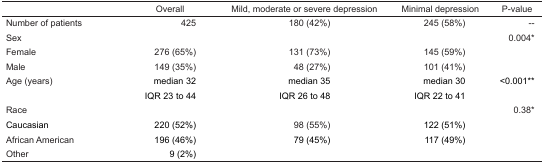
<table><thead><tr><td></td><td><b>Overall</b></td><td><b>Mild, moderate or severe depression</b></td><td><b>Minimal depression</b></td><td><b>P-value</b></td></tr></thead><tbody><tr><td>Number of patients</td><td>425</td><td>180 (42%)</td><td>245 (58%)</td><td>--</td></tr><tr><td>Sex</td><td></td><td></td><td></td><td>0.004*</td></tr><tr><td>Female</td><td>276 (65%)</td><td>131 (73%)</td><td>145 (59%)</td><td></td></tr><tr><td>Male</td><td>149 (35%)</td><td>48 (27%)</td><td>101 (41%)</td><td></td></tr><tr><td>Age (years)</td><td>median 32IQR 23 to 44</td><td>median 35IQR 26 to 48</td><td>median 30IQR 22 to 41</td><td>&lt;0.001**</td></tr><tr><td>Race</td><td></td><td></td><td></td><td>0.38*</td></tr><tr><td>Caucasian</td><td>220 (52%)</td><td>98 (55%)</td><td>122 (51%)</td><td></td></tr><tr><td>African American</td><td>196 (46%)</td><td>79 (45%)</td><td>117 (49%)</td><td></td></tr><tr><td>Other</td><td>9 (2%)</td><td></td><td></td><td></td></tr></tbody></table>